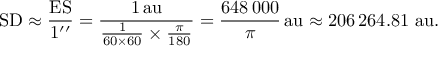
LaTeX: \mathrm { S D } \approx { \frac { \mathrm { E S } } { 1 ^ { \prime \prime } } } = { \frac { 1 \, { \mathrm { a u } } } { { \frac { 1 } { 6 0 \times 6 0 } } \times { \frac { \pi } { 1 8 0 } } } } = { \frac { 6 4 8 \, 0 0 0 } { \pi } } \, { \mathrm { a u } } \approx 2 0 6 \, 2 6 4 . 8 1 { \mathrm { ~ a u } } .